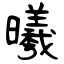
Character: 曦